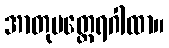
အာတုမတ္တေရဂါထာ။